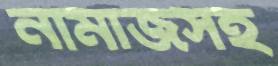
নামাজসহ